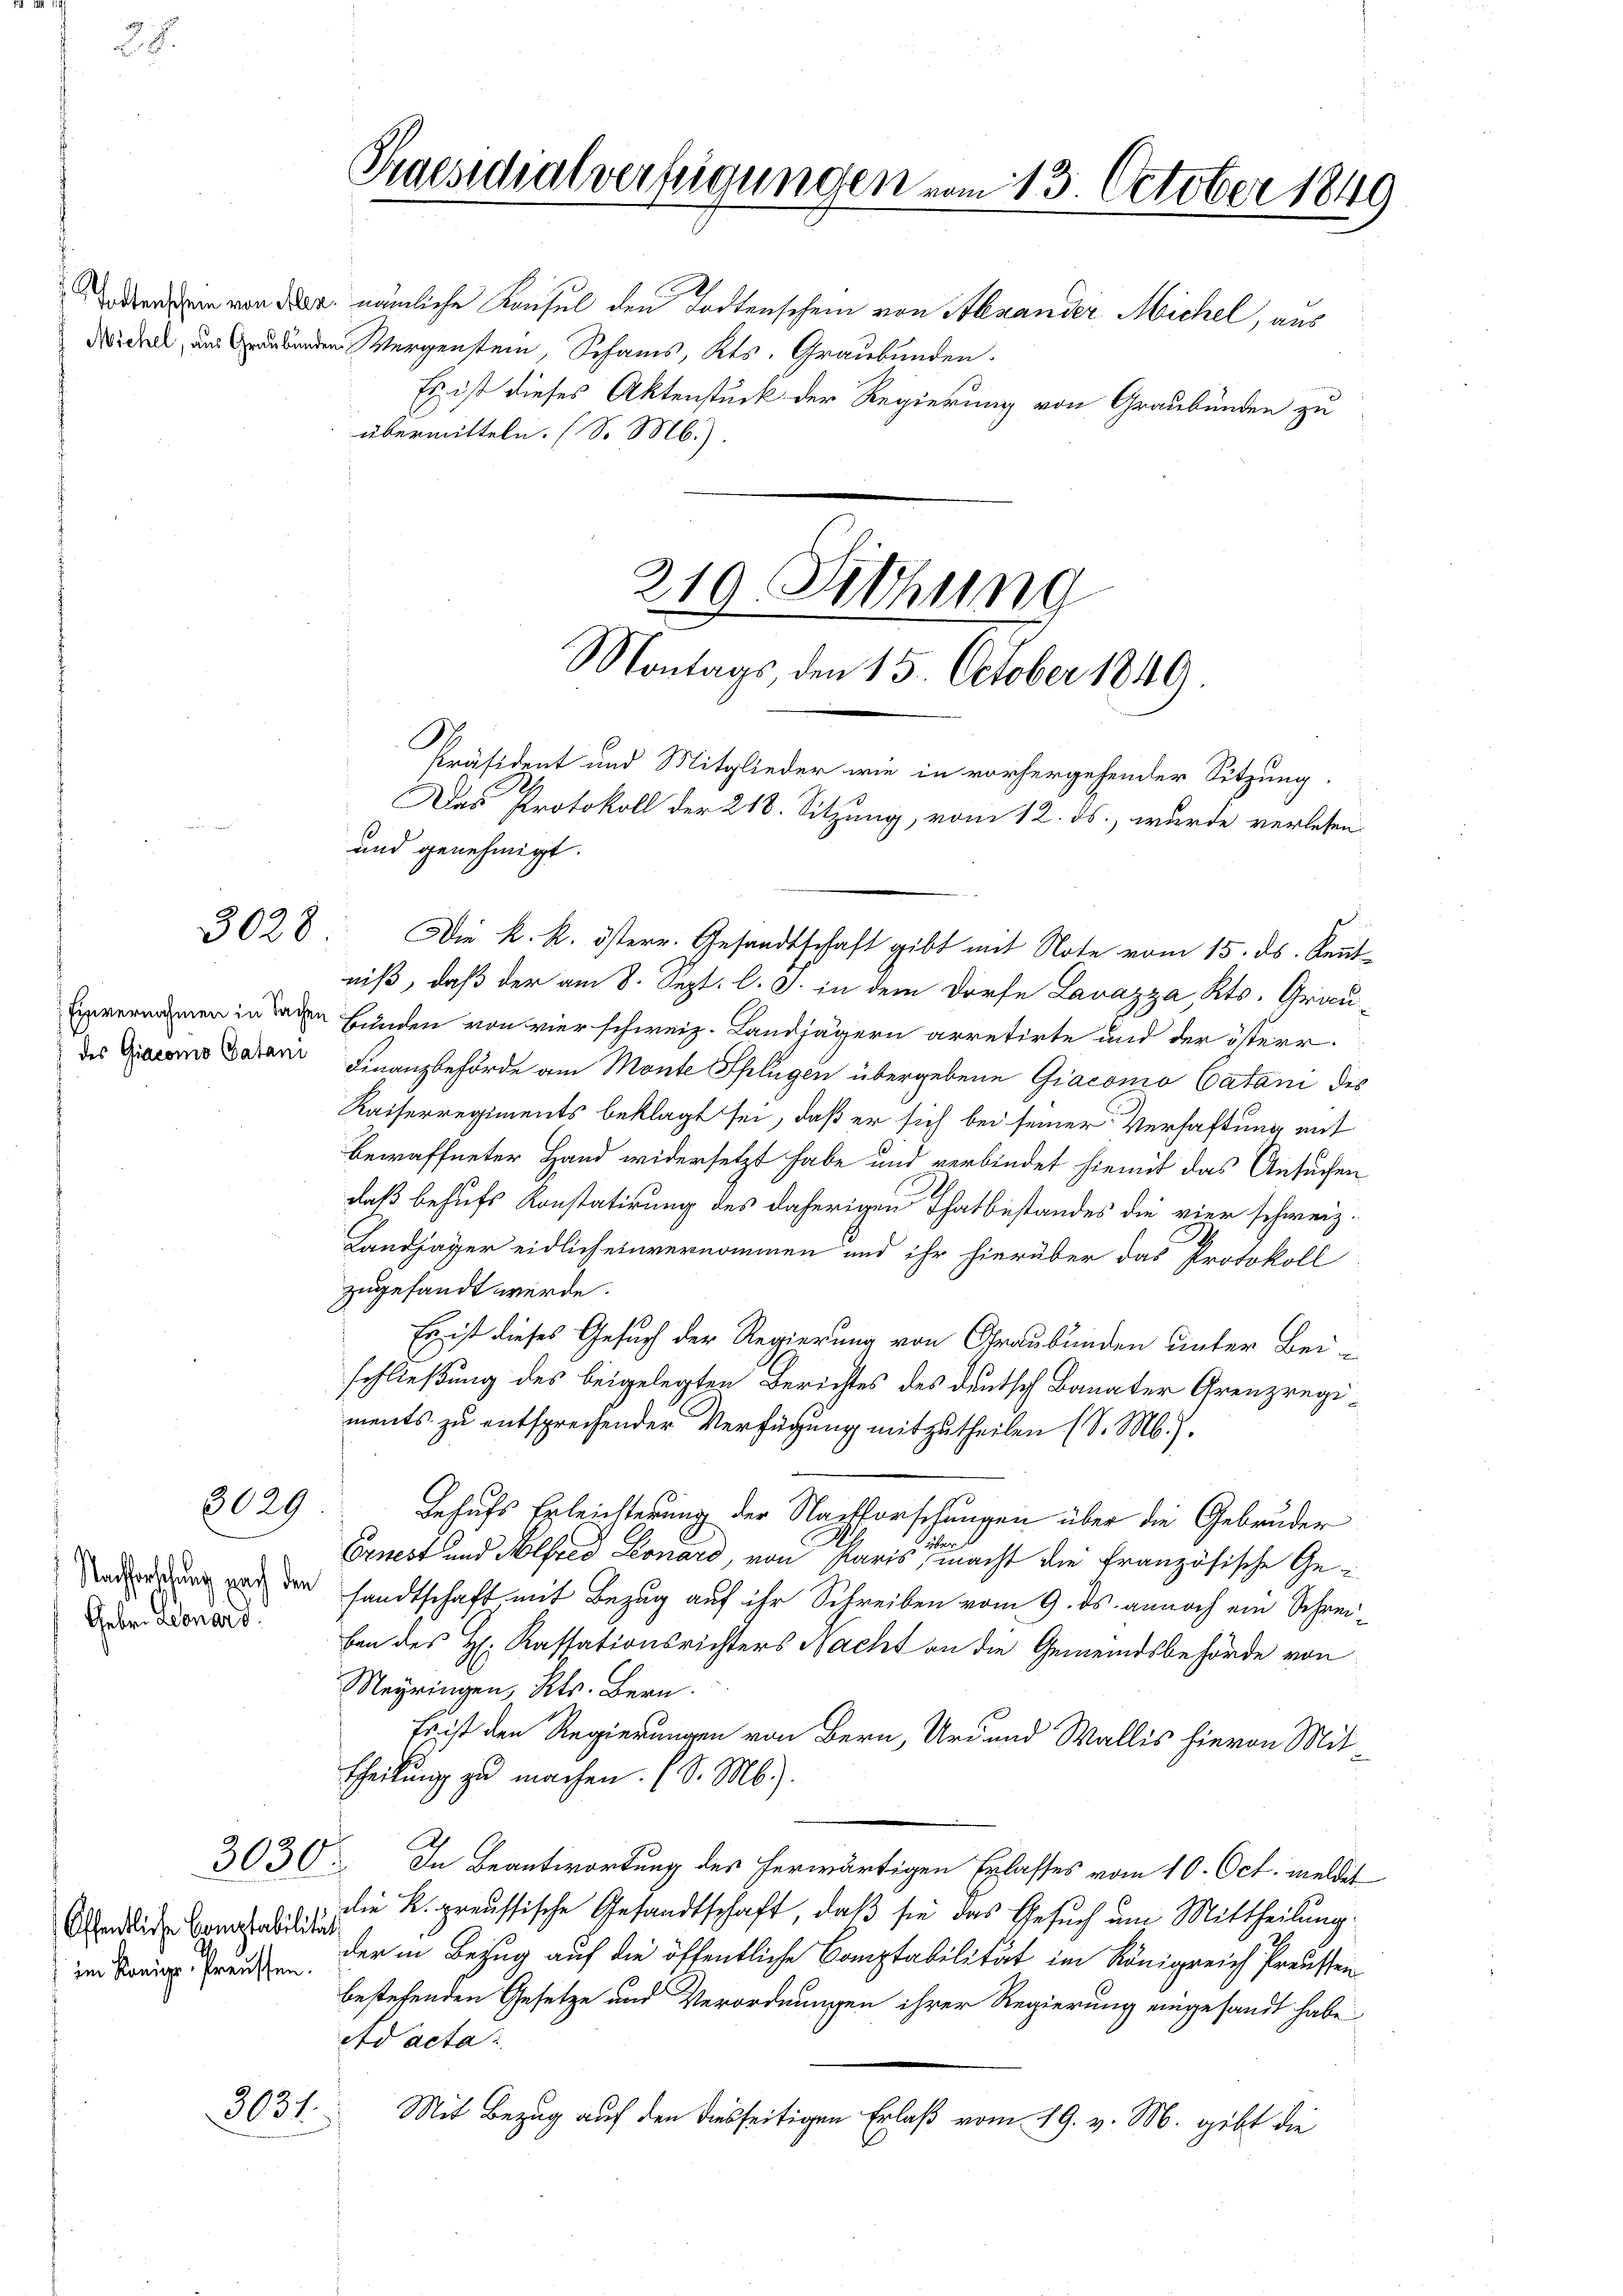
3028

Einvernahmen in Sachen
des Giacomo Catani

3029

Nachforschung nach den
Geben. Februard

3030.

Offentliche Comptabilität

denden von der nämliche Konsul den Todtenschein von Alexander Michel, aus
Wider Vergeste, Schans, Kts. Graubünden.
Es ist dieses Aktenstück der Regierung von Graubünden zu
übermitteln. (So M.)

3031.

Praesidialverfügungen vom 13. October 1841
219. Fethung
Montags, den 15. October 1849.

und genehmigt.

niß, daß der am 8. Sept. l. J. in dem Dorfe Lavazza, Kts. Grau¬
Bunden von vier schweiz. Landjägern arretirte und der österr.
Finanzbehörde am Monte Splügen übergebene Giaconio Catani des
Kaiserregiments beklagt sei, daß er sich bei seiner Verhaftung mit
bewaffneter Hand widersetzt habe und verbindet hiemit das Ansuchen
daß behufs Konstatirung des daherigen Thatbestandes die vier schweiz.
Landjäger eidlich einvernommen und ihr hierüber das Protokoll
zugesandt werde.
Es ist dieses Gesuch der Regierung von Graubünden unter Beischließung des beigelegten Berichtes des deutsch Banater Grenzregiments zu entsprechender Verfügung mitzutheilen (S. M.).
Behufs Erleichterung der Nachforschungen über die Gebrüder
Ernest und Alfred Leonard, von Paris macht die Französische Gesandtschaft mit Bezug auf ihr Schreiben vom 9. ds. annoch ein Schreiben des H: Kassationsrichters Nacht an die Gemeindsbehörde von
Meyringen, Kts. Bern.
Es ist den Regierungen von Bern, Uri und Wallis hievon Mit
theilung zu machen. (S. M.).
In Beantwortung des herwärtigen Erlasses vom 10. Oct. meldet
die K. preussische Gesandtschaft, daß sie das Gesuch um Mittheilung
im König Preis der in Bezug auf die öffentliche Comptabilität im Königreich Preussen
bestehenden Gesetze und Verordnungen ihrer Regierung eingesandt habe
Ad acta
Mit Bezug auf den diesseitigen Erlaß vom 19. v. M. gibt die

Die k. k. österr. Gesandtschaft gibt mit Note vom 15. ds. Kennt¬

Präsident und Mitglieder wie in vorhergehender Sitzung.

Das Protokoll der 218. Sitzung, vom 12. ds., wurde verlesen